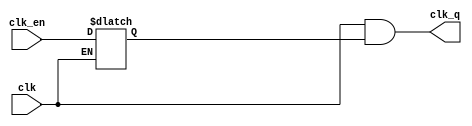
module psram_clk_iob
(
    input              clk,
    input              clk_en,
    output             clk_q
);

reg clk_en_int;

// latch
always @(clk_en or clk)
 if (clk == 0) clk_en_int <= clk_en; 

assign clk_q = clk & clk_en_int;

endmodule